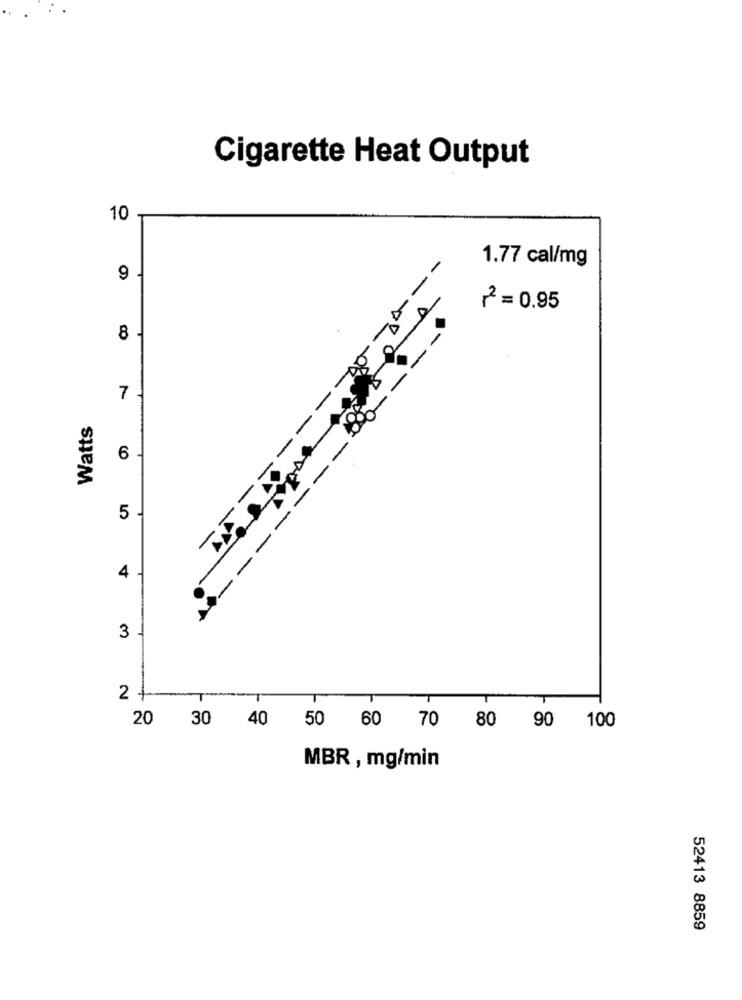
Cigarette Heat Output
10
1.77 cal/mg
-
9
2=0.95
8
7
Watts
6
5 .
4
3
2 +
20
30 40
50 60 70 80 90 100
MBR , mg/min
52413 8859